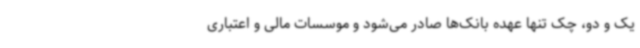
یک و دو، چک تنها عهده بانک‌ها صادر می‌شود و موسسات مالی و اعتباری